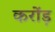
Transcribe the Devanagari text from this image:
करोंड़